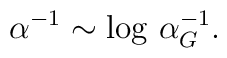
\alpha^{-1} \sim \log \, \alpha_G^{-1}.